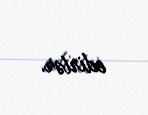
edirlər.